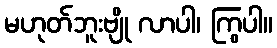
မဟုတ်ဘူးဗျို လာပါ၊ ကြွပါ။